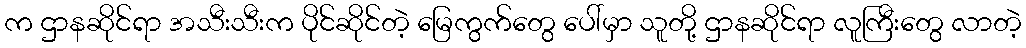
က ဌာနဆိုင်ရာ အသီးသီးက ပိုင်ဆိုင်တဲ့ မြေကွက်တွေ ပေါ်မှာ သူတို့ ဌာနဆိုင်ရာ လူကြီးတွေ လာတဲ့